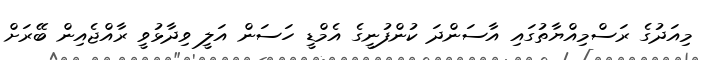
މިއަދުގެ ރަސްމިއްޔާތުގައި އާސަންދަ ކުންފުނީގެ އެމްޑީ ހަސަން އަލީ ވިދާޅުވީ ރާއްޖެއިން ބޭރަށް